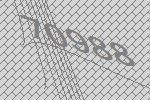
70988